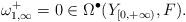
LaTeX: \begin{align*}\omega_{1,\infty}^+=0\in\Omega^\bullet(Y_{[0,+\infty)},F).\end{align*}